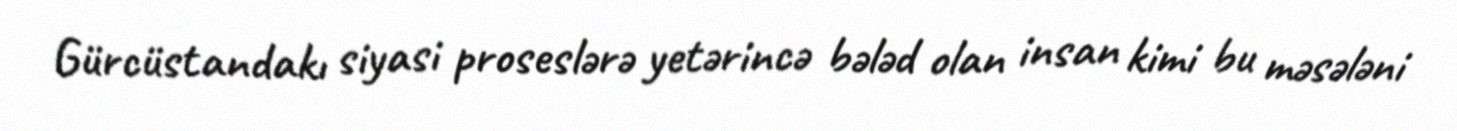
Gürcüstandakı siyasi proseslərə yetərincə bələd olan insan kimi bu məsələni